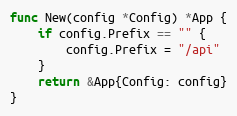
Language: Go
func New(config *Config) *App {
	if config.Prefix == "" {
		config.Prefix = "/api"
	}
	return &App{Config: config}
}